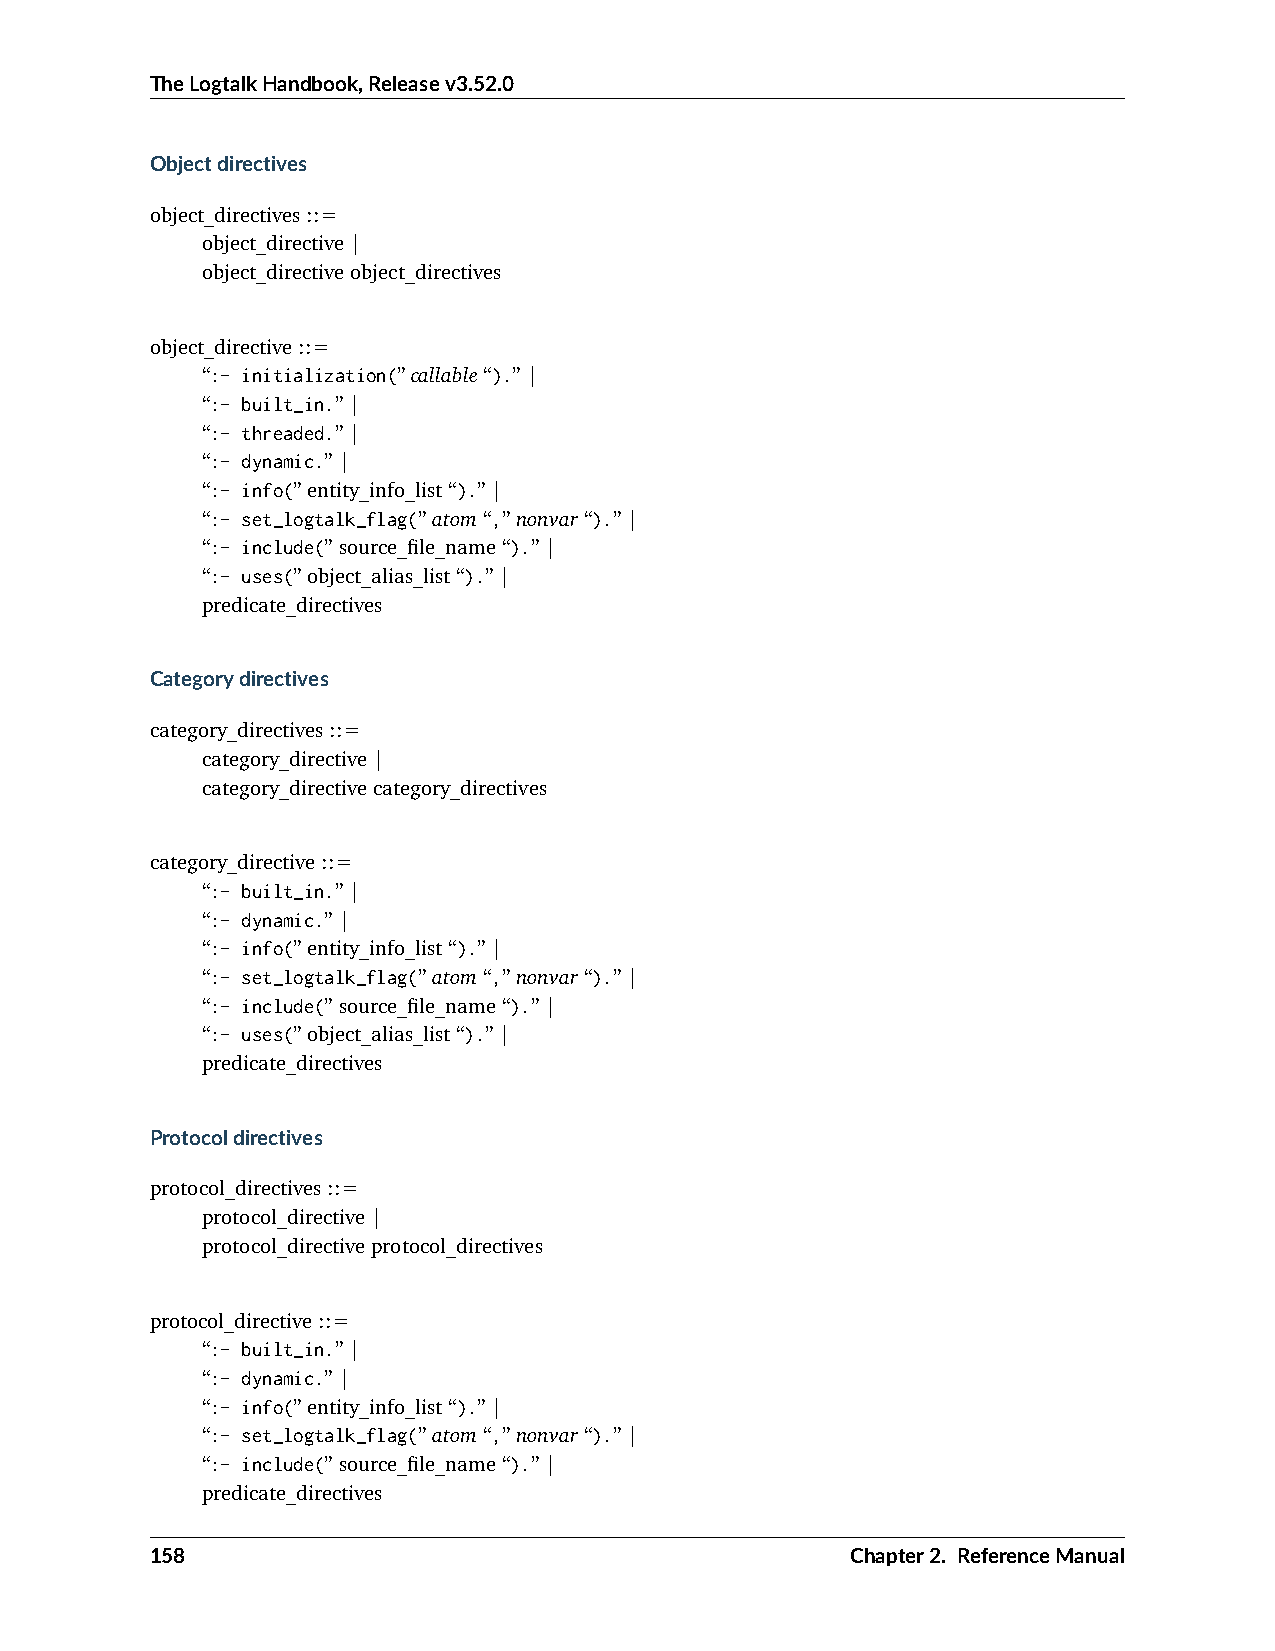
TheLogtalkHandbook,Releasev3.52.0
 Objectdirectives
 object_directives::=
 object_directive|
 object_directiveobject_directives
 object_directive::=
 “:- initialization(”callable“).”|
 “:- built_in.”|
 “:- threaded.”|
 “:- dynamic.”|
 “:- info(”entity_info_list“).”|
 “:- set_logtalk_flag(”atom“,”nonvar“).”|
 “:- include(”source_file_name“).”|
 “:- uses(”object_alias_list“).”|
 predicate_directives
 Categorydirectives
 category_directives::=
 category_directive|
 category_directivecategory_directives
 category_directive::=
 “:- built_in.”|
 “:- dynamic.”|
 “:- info(”entity_info_list“).”|
 “:- set_logtalk_flag(”atom“,”nonvar“).”|
 “:- include(”source_file_name“).”|
 “:- uses(”object_alias_list“).”|
 predicate_directives
 Protocoldirectives
 protocol_directives::=
 protocol_directive|
 protocol_directiveprotocol_directives
 protocol_directive::=
 “:- built_in.”|
 “:- dynamic.”|
 “:- info(”entity_info_list“).”|
 “:- set_logtalk_flag(”atom“,”nonvar“).”|
 “:- include(”source_file_name“).”|
 predicate_directives
 158                                           Chapter2. ReferenceManual